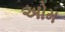
અોમ